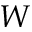
W